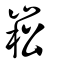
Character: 崧